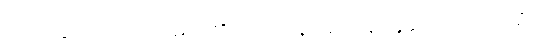
ဘုရားပွင့်ရာ ကာလမည်၏။ တဒါပန၊ ထိုကြည့်ရှုသော ကာလ၌။